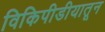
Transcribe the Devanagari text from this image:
विकिपीडीयातून